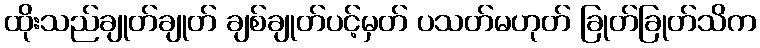
ထိုးသည်ချုတ်ချုတ် ချစ်ချုတ်ပင့်မှတ် ပသတ်မဟုတ် ခြုတ်ခြုတ်သိက